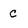
Character: c